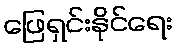
ဖြေရှင်းနိုင်ရေး